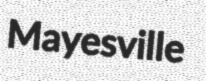
Mayesville